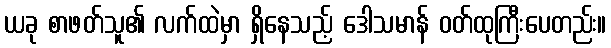
ယခု စာဖတ်သူ၏ လက်ထဲမှာ ရှိနေသည့် ဒေါသမာန် ဝတ်ထုကြီးပေတည်း။